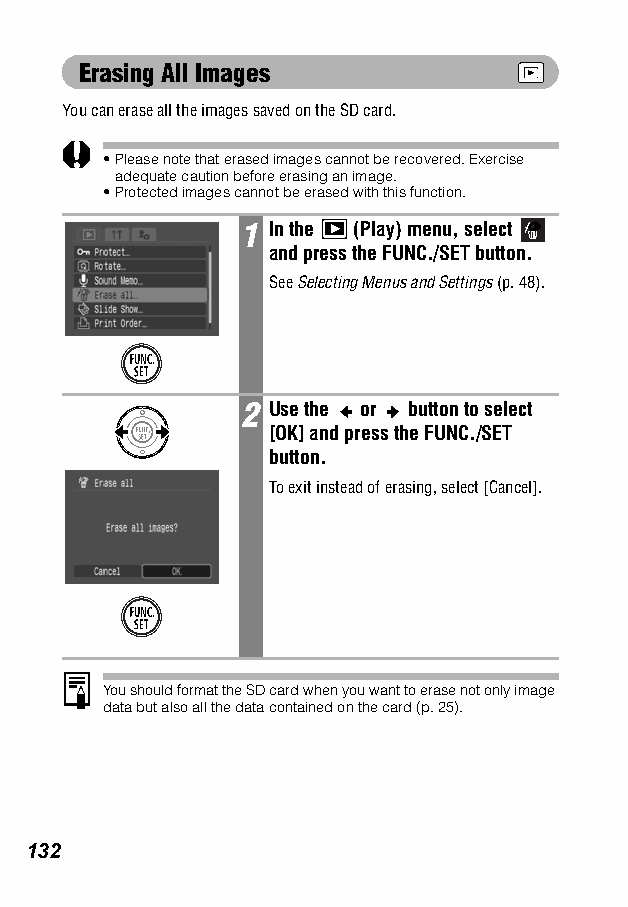
Erasing All Images
 You can erase all the images saved on the SD card.
 •Please note that erased images cannot be recovered. Exercise
 adequate caution before erasing an image.
 •Protected images cannot be erased with this function.
 1 In the (Play) menu, select
 and press the FUNC./SET button.
 SeeSelecting Menus and Settings (p. 48).
 2 Use the or button to select
 [OK] and press the FUNC./SET
 button.
 To exit instead of erasing, select [Cancel].
 You should format the SD card when you want to erase not only image
 data but also all the data contained on the card (p. 25).
 132